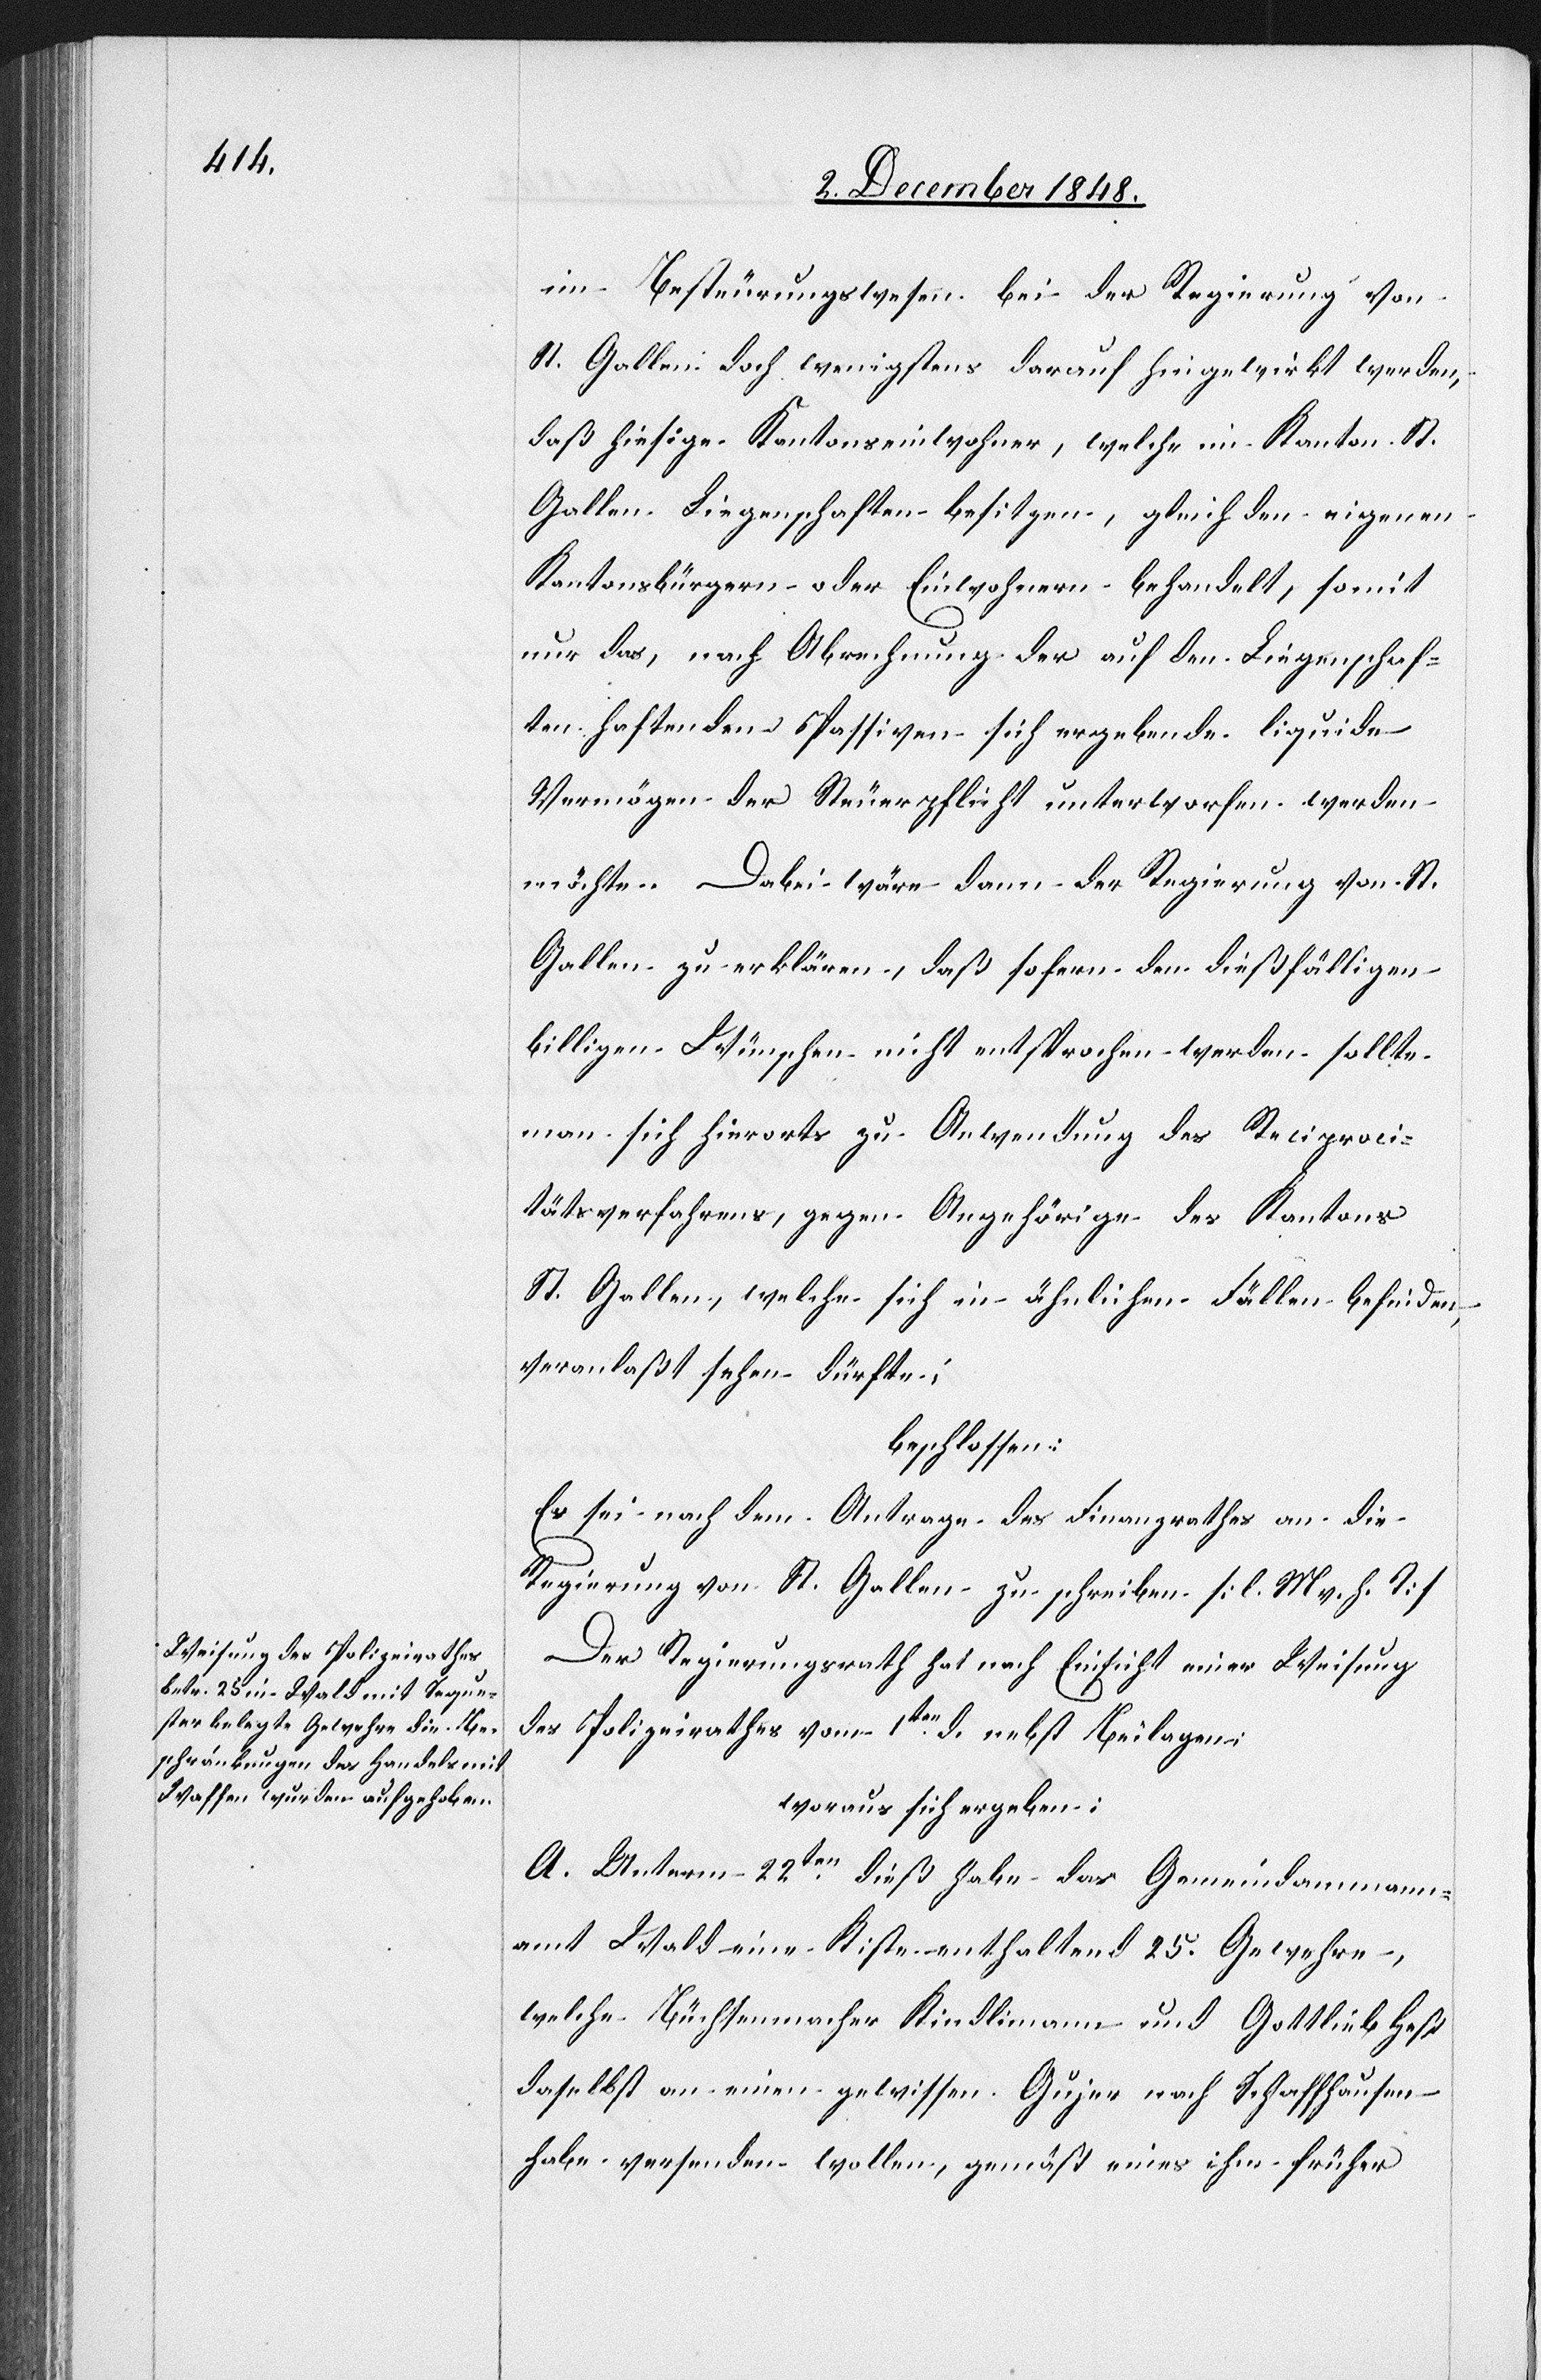
im Besteurungswesen bei der Regierung von
St. Gallen doch wenigstens darauf hingewirkt werden,
daß hiesige Kantonseinwohner, welche im Kanton St.
Gallen Liegenschaften besitzen, gleich den eigenen
Kantonsbürgern oder Einwohnern behandelt, somit
nur das, nach Abrechnung der auf den Liegenschaf¬
ten haftenden Passiven sich ergebende liquide
Vermögen der Steuerpflicht unterworfen werden
möchte. Dabei wäre dann der Regierung von St.
Gallen zu erklären, daß sofern den dießfälligen
billigen Wünschen nicht entsprochen werden sollte
man sich hierorts zu Anwendung des Reciproci¬
tätsverfahrens, gegen Angehörige des Kantons
St. Gallen, welche sich in ähnlichen Fällen befinden,
veranlaßt sehen dürfte;
beschlossen:
Es sei nach dem Antrage des Finanzrathes an die
Regierung von St. Gallen zu schreiben [l. M. v. h. T][.]
Der Regierungsrath hat nach Einsicht einer Weisung
des Polizeirathes vom 1ten d. nebst Beilagen,
woraus sich ergeben:
A. Unterm 22ten dieß habe das Gemeindammann¬
amt Wald eine Kiste enthaltend 25. Gewehre,
welche Büchsenmacher Kindlimann und Gottlieb Heß
daselbst an einen gewissen Gujer nach Schaffhausen
habe versenden wollen, gemäß eines ihm früher